Leprosy in India: report of the Leprosy Commission in India, 1890-91
Year: 1890
Disease focus: Leprosy
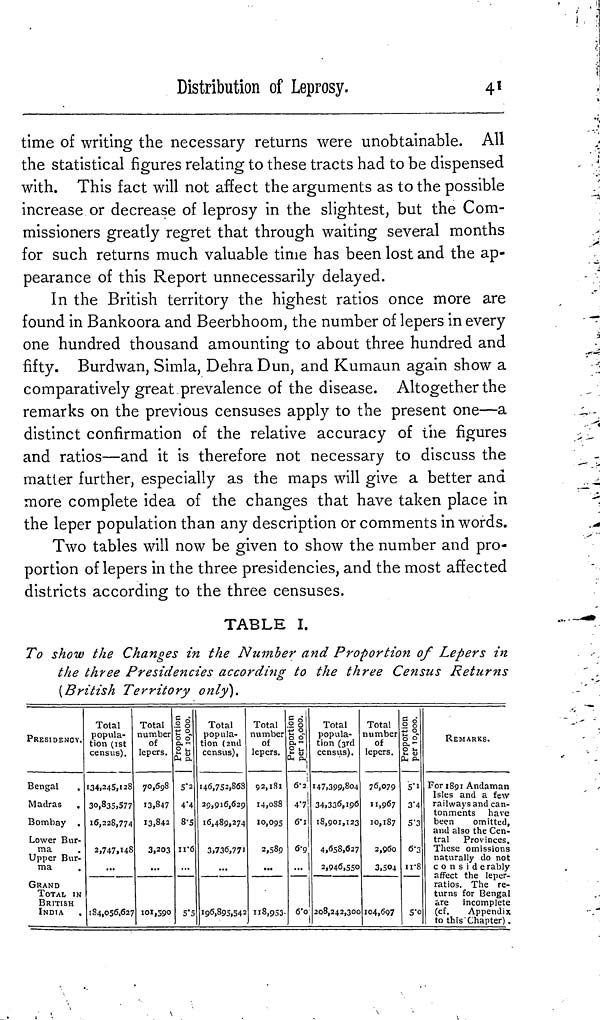
Distribution of Leprosy.
41
time of writing the necessary returns were unobtainable. All
the statistical figures relating to these tracts had to be dispensed
with. This fact will not affect the arguments as to the possible
increase or decrease of leprosy in the slightest, but the Com-
missioners greatly regret that through waiting several months
for such returns much valuable time has been lost and the ap-
pearance of this Report unnecessarily delayed.
In the British territory the highest ratios once more are
found in Bankoora and Beerbhoom, the number of lepers in every
one hundred thousand amounting to about three hundred and
fifty. Burdwan, Simla, DehraDun, and Kumaun again show a
comparatively great prevalence of the disease. Altogether the
remarks on the previous censuses apply to the present one—a
distinct confirmation of the relative accuracy of the figures
and ratios—and it is therefore not necessary to discuss the
matter further, especially as the maps will give a better and
more complete idea of the changes that have taken place in
the leper population than any description or comments in words.
Two tables will now be given to show the number and pro-
portion of lepers in the three presidencies, and the most affected
districts according: to the three censuses.
TABLE I.
To show the Changes in the Number and Proportion of Lepers in
the three Presidencies according to the three Census Returns
{British Territory only).
PRESIDENCY.
Bengal
Madras
Bombay .
Lower Bur-
ma
Upper Bur-
ma
GRAND
TOTAL IN
BRITISH
INDIA
Total
popula-
tion (1st
census).
134,245,128
30,835,577
16,228,774
2,747,148
...
184,056,627
Total
number
of
lepers.
70,698
13,847
13,842
3,203
...
101,590
2 8
Proportion
Per 10,000.
.
5.2
4.4
8.-5
11.6
5.5
Total
popula-
tion (2nd
census),
146,752,868
29,916,629
16,489,274
3,736,771
196,895,542
Total
number
of
lepers.
92,181
14,088
10,095
2,589
...
118,953.
proportion
Per 10,000.
1
6.2
4.7
6.1
6.9
6.0
Total
popula-
tion (3rd
census).
147,399,804
34,336,196
18,901,123
4,658,627
2,946,550
208,242,300
Total
number
of
lepers.
76,079
11,967
10,187
2,960
3,504
104,697
§ 8
Proportion
Per 10,000.
5.1
3.4
5.3
6.3
11.8
5.0
REMARKS.
For 1891 Andaman
Isles and a few
railways and can-
tonments have
been
omitted,
and also the Gen-
tral
Provinces.
These omissions
naturally do not
considerably
affect the leper-
ratios. The re-
turns for Bengal
are
incomplete
(of.
Appendix
to this Chapter).